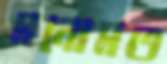
মনোমত